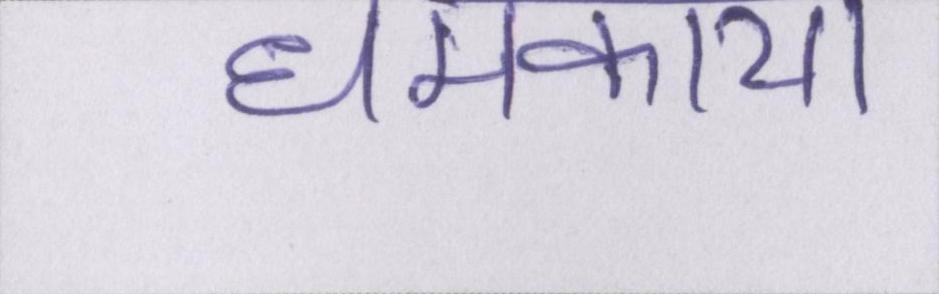
धमकाया